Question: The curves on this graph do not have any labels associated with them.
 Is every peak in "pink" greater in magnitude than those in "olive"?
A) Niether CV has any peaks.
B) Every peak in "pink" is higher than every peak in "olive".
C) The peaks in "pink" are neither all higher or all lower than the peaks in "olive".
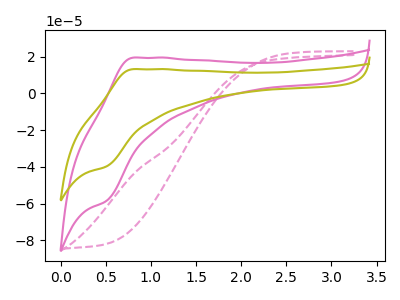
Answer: <think>The pink dashed curve "pink dashed" has no peaks. The pink curve "pink" has an anodic peak at (0.80V, 19.55uA) and a cathodic peak at (0.50V, -58.65uA). The olive curve "olive" has an anodic peak at (0.80V, 13.30uA) and a cathodic peak at (0.50V, -39.85uA).</think>
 <answer>B) Every peak in "pink" is higher than every peak in "olive".</answer>
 <eval>B</eval>